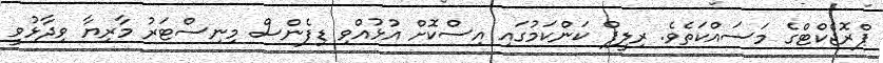
ޕްރޮޖެކްޓްގެ މަސައްކަތެވެ. ރިލީފް ކަންކަމުގައި އިސްކޮށް އުޅުއްވި ޑިފެންސް މިނިސްޓަރު މާރިޔާ ވިދާޅުވީ